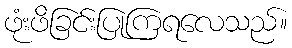
ဖုံးဖိခြင်းပြုကြရလေသည်။